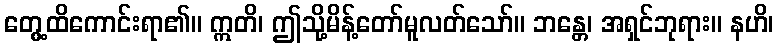
တွေ့ထိကောင်းရာ၏။ ဣတိ၊ ဤသို့မိန့်တော်မူလတ်သော်။ ဘန္တေ၊ အရှင်ဘုရား။ နဟိ၊